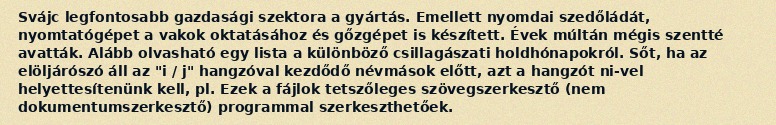
Svájc legfontosabb gazdasági szektora a gyártás. Emellett nyomdai szedőládát, nyomtatógépet a vakok oktatásához és gőzgépet is készített. Évek múltán mégis szentté avatták. Alább olvasható egy lista a különböző csillagászati holdhónapokról. Sőt, ha az elöljárószó áll az "i / j" hangzóval kezdődő névmások előtt, azt a hangzót ni-vel helyettesítenünk kell, pl. Ezek a fájlok tetszőleges szövegszerkesztő (nem dokumentumszerkesztő) programmal szerkeszthetőek.